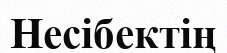
Несібектің